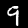
Label: 9